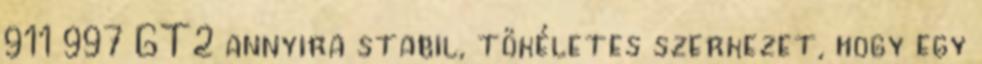
911 997 GT2 annyira stabil, tökéletes szerkezet, hogy egy